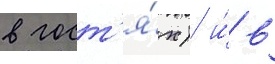
в гост'я́х) и́ в